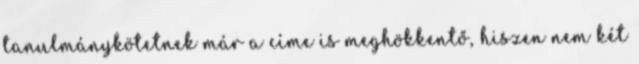
tanulmánykötetnek már a címe is meghökkentő, hiszen nem két